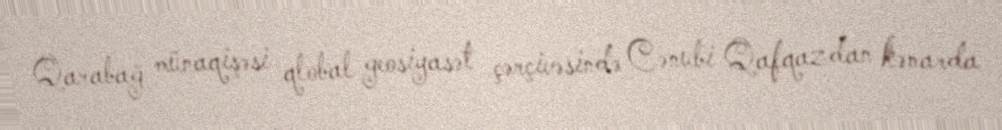
Qarabağ münaqişəsi qlobal geosiyasət çərçivəsində Cənubi Qafqazdan kənarda